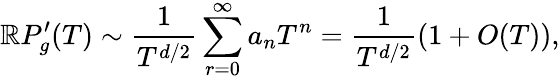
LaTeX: \mathbb{R}P_{g}^{\prime}(T)\sim\frac{{1}}{{T^{d/2}}}\sum_{r=0}^{\infty}a_{n}T^{n}=\frac{{1}}{{T^{d/2}}}(1+O(T)),